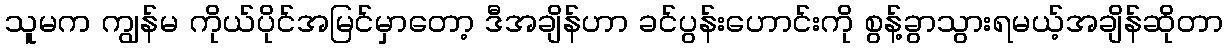
သူမက ကျွန်မ ကိုယ်ပိုင်အမြင်မှာတော့ ဒီအချိန်ဟာ ခင်ပွန်းဟောင်းကို စွန့်ခွာသွားရမယ့်အချိန်ဆိုတာ